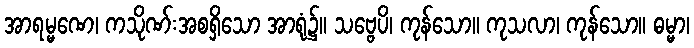
အာရမ္မဏေ၊ ကသိုဏ်းအစရှိသော အာရုံ၌။ သဗ္ဗေပိ၊ ကုန်သော။ ကုသလာ၊ ကုန်သော။ ဓမ္မာ၊